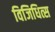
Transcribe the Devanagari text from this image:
विजिधित्स